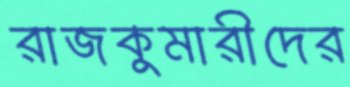
রাজকুমারীদের